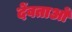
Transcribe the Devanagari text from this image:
देंवताओं